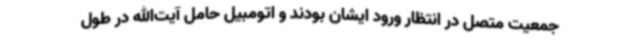
جمعیت متصل در انتظار ورود ایشان بودند و اتومبیل حامل آیت‌الله در طول